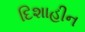
દિશાહીન